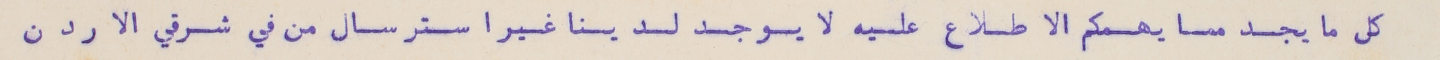
كل ما يجد مما يهمكم الاطلاع عليه لا يوجد لدينا غير استرسال من في شرقي الاردن